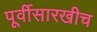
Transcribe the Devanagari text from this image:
पूर्वीसारखीच